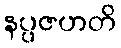
နပ္ပဇဟတိ